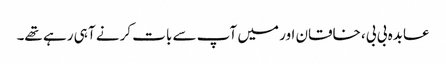
عابدہ بی بی، خاقان اور میں آپ سے بات کرنے آ ہی رہے تھے۔